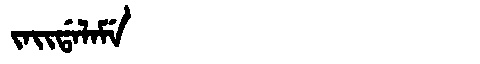
Manchu: ᠵᠠᡳᡩᠠᠯᠠᠮᡝ
Romanization: JAIDALAME